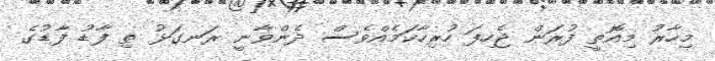
މިހާރު މިއޮތީ ފުރަން ޖެހިފަ ހުރިހާކަމެއްވެސް ދެންވާނީ ރަނގަޅު ތި ފާޑު ފާޑުގެ